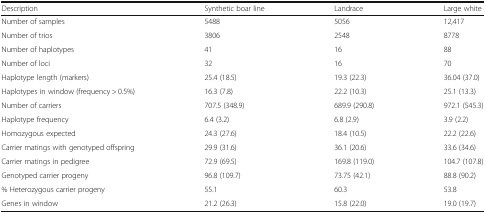
| Description | Synthetic boar line | Landrace | Large white |
 | --- | --- | --- | --- |
 | Number of samples | 5488 | 5056 | 12,417 |
 | Number of trios | 3806 | 2548 | 8778 |
 | Number of haplotypes | 41 | 16 | 88 |
 | Number of loci | 32 | 16 | 70 |
 | Haplotype length (markers) | 25.4 (18.5) | 19.3 (22.3) | 36.04 (37.0) |
 | Haplotypes in window (frequency > 0.5%) | 16.3 (7.8) | 22.2 (10.3) | 25.1 (13.3) |
 | Number of carriers | 707.5 (348.9) | 689.9 (290.8) | 972.1 (545.3) |
 | Haplotype frequency | 6.4 (3.2) | 6.8 (2.9) | 3.9 (2.2) |
 | Homozygous expected | 24.3 (27.6) | 18.4 (10.5) | 22.2 (22.6) |
 | Carrier matings with genotyped offspring | 29.9 (31.6) | 36.1 (20.6) | 33.6 (34.6) |
 | Carrier matings in pedigree | 72.9 (69.5) | 169.8 (119.0) | 104.7 (107.8) |
 | Genotyped carrier progeny | 96.8 (109.7) | 73.75 (42.1) | 88.8 (90.2) |
 | % Heterozygous carrier progeny | 55.1 | 60.3 | 53.8 |
 | Genes in window | 21.2 (26.3) | 15.8 (22.0) | 19.0 (19.7) |